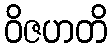
ဝိဇဟတိ